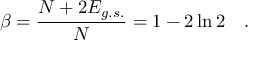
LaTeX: \beta = \frac { N + 2 E _ { g . s . } } { N } = 1 - 2 \ln 2 \quad .